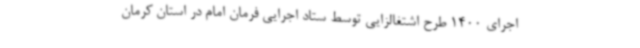
اجرای 1400 طرح اشتغالزایی توسط ستاد اجرایی فرمان امام در استان کرمان